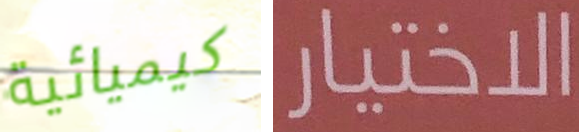
كيميائية الاختيار